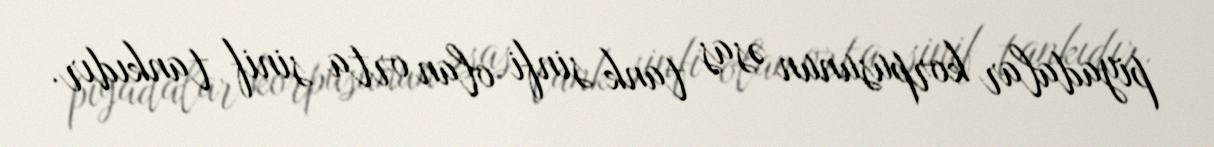
piyadalar korpusunun əsas tank sinfi olan orta sinif tankıdır.